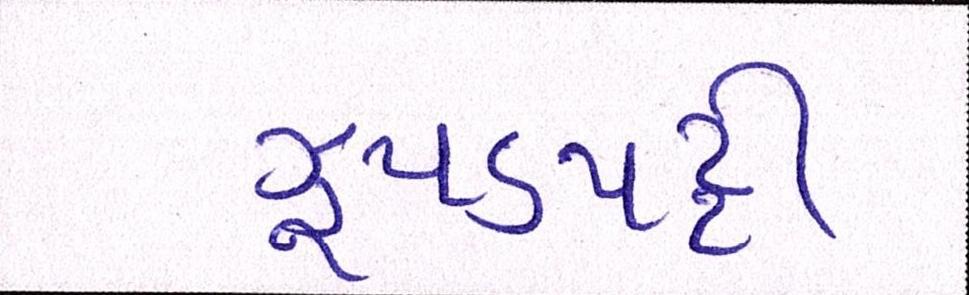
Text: ઝુપડપટ્ટી